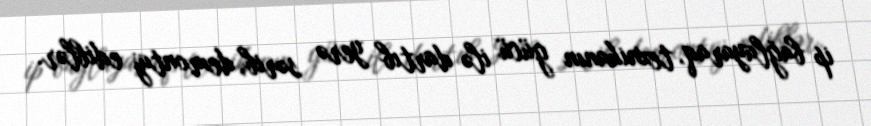
ip bağlayaraq, texnikanın gücü ilə dartıb yerə sərib, demontaj ediblər.